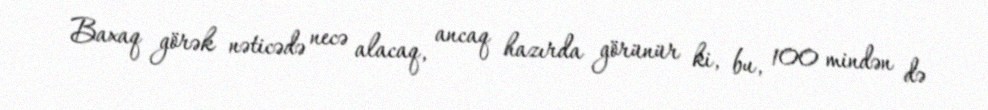
Baxaq görək nəticədə necə alacaq, ancaq hazırda görünür ki, bu, 100 mindən də